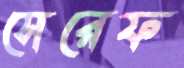
সেরেফ